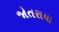
જોતરાયા